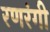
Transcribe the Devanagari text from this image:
रणरंगी